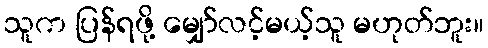
သူက ပြန်ရဖို့ မျှော်လင့်မယ့်သူ မဟုတ်ဘူး။